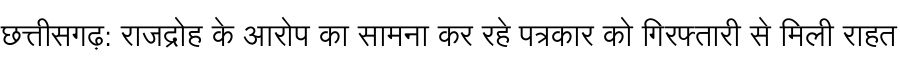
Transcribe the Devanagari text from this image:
छत्तीसगढ़: राजद्रोह के आरोप का सामना कर रहे पत्रकार को गिरफ्तारी से मिली राहत